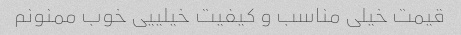
قیمت خیلی مناسب و کیفیت خیلییی خوب ممنونم